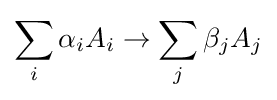
\sum _{i}\alpha _{i}A_{i}\to \sum _{j}\beta _{j}A_{j}